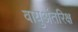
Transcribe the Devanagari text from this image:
वायुअंतरिक्ष